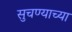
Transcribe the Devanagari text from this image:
सुचण्याच्या